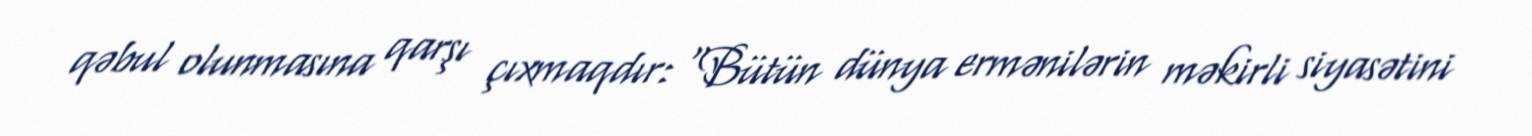
qəbul olunmasına qarşı çıxmaqdır: “Bütün dünya ermənilərin məkirli siyasətini